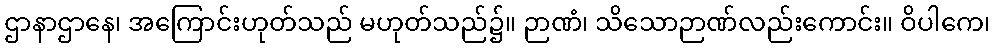
ဌာနာဌာနေ၊ အကြောင်းဟုတ်သည် မဟုတ်သည်၌။ ဉာဏံ၊ သိသောဉာဏ်လည်းကောင်း။ ဝိပါကေ၊